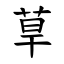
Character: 䓍